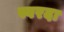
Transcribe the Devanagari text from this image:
स्वरदा